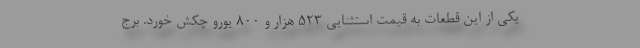
یکی از این قطعات به قیمت استثنایی ۵۲۳ هزار و ۸۰۰ یورو چکش خورد. برج